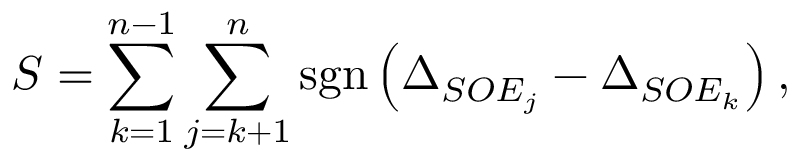
S = \sum _ { k = 1 } ^ { n - 1 } \sum _ { j = k + 1 } ^ { n } \operatorname { s g n } \left( \Delta _ { S O E _ { j } } - \Delta _ { S O E _ { k } } \right) ,